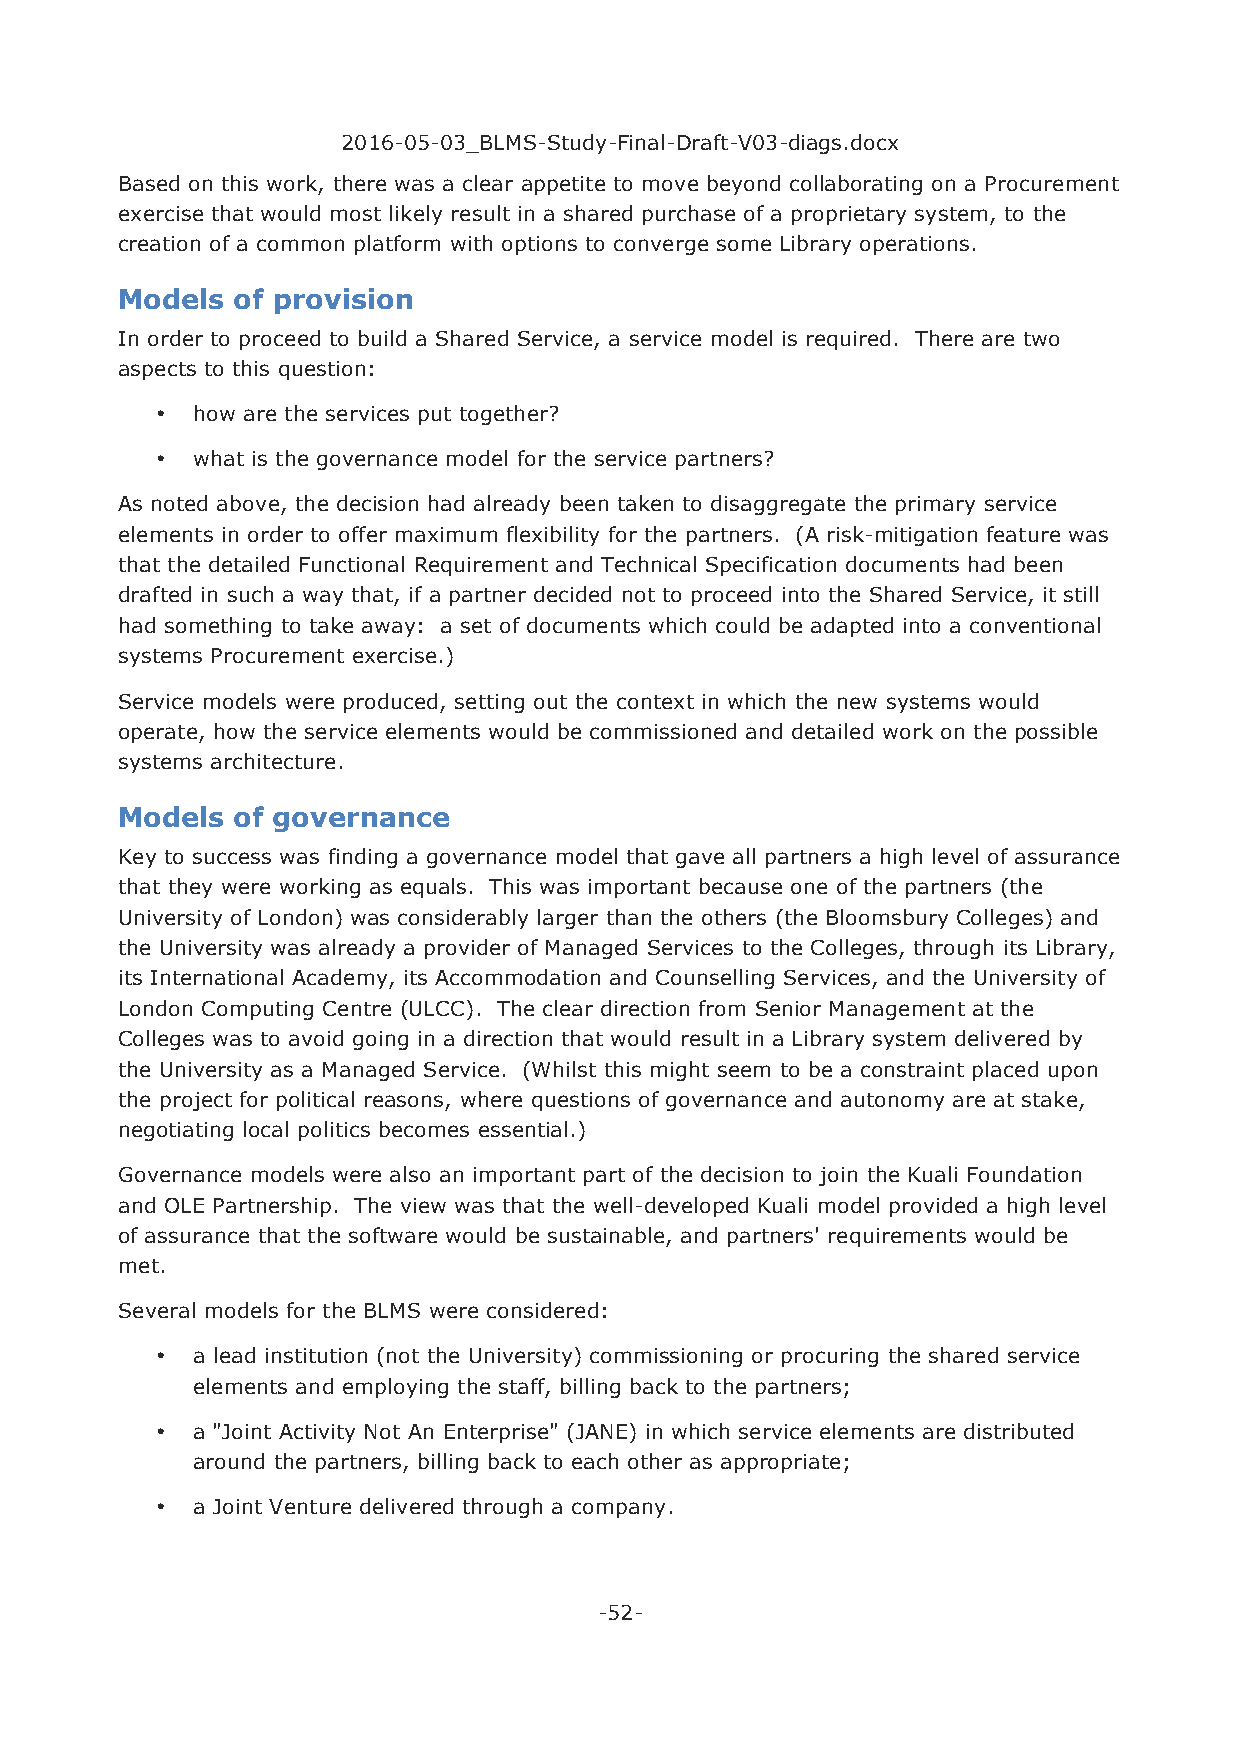
2016-05-03_BLMS-Study-Final-Draft-V03-diags.docx
 Based on this work, there was a clear appetite to move beyond collaborating on a Procurement
 exercise that would most likely result in a shared purchase of a proprietary system, to the
 creation of a common platform with options to converge some Library operations.
 Models of provision
 In order to proceed to build a Shared Service, a service model is required. There are two
 aspects to this question:
 •  how are the services put together?
 •  what is the governance model for the service partners?
 As noted above, the decision had already been taken to disaggregate the primary service
 elements in order to offer maximum flexibility for the partners. (A risk-mitigation feature was
 that the detailed Functional Requirement and Technical Specification documents had been
 drafted in such a way that, if a partner decided not to proceed into the Shared Service, it still
 had something to take away: a set of documents which could be adapted into a conventional
 systems Procurement exercise.)
 Service models were produced, setting out the context in which the new systems would
 operate, how the service elements would be commissioned and detailed work on the possible
 systems architecture.
 Models of governance
 Key to success was finding a governance model that gave all partners a high level of assurance
 that they were working as equals. This was important because one of the partners (the
 University of London) was considerably larger than the others (the Bloomsbury Colleges) and
 the University was already a provider of Managed Services to the Colleges, through its Library,
 its International Academy, its Accommodation and Counselling Services, and the University of
 London Computing Centre (ULCC). The clear direction from Senior Management at the
 Colleges was to avoid going in a direction that would result in a Library system delivered by
 the University as a Managed Service. (Whilst this might seem to be a constraint placed upon
 the project for political reasons, where questions of governance and autonomy are at stake,
 negotiating local politics becomes essential.)
 Governance models were also an important part of the decision to join the Kuali Foundation
 and OLE Partnership. The view was that the well-developed Kuali model provided a high level
 of assurance that the software would be sustainable, and partners' requirements would be
 met.
 Several models for the BLMS were considered:
 •  a lead institution (not the University) commissioning or procuring the shared service
 elements and employing the staff, billing back to the partners;
 •  a "Joint Activity Not An Enterprise" (JANE) in which service elements are distributed
 around the partners, billing back to each other as appropriate;
 •  a Joint Venture delivered through a company.
 -52-